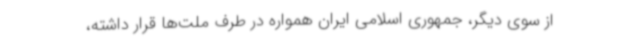
از سوی دیگر، جمهوری اسلامی ایران همواره در طرف ملت‌ها قرار داشته،